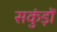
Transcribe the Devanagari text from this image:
सकुंड़ों